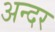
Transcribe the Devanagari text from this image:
अन्दर